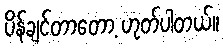
ပိန်ချင်တာတော့ ဟုတ်ပါတယ်။